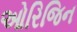
ઓરિજિન